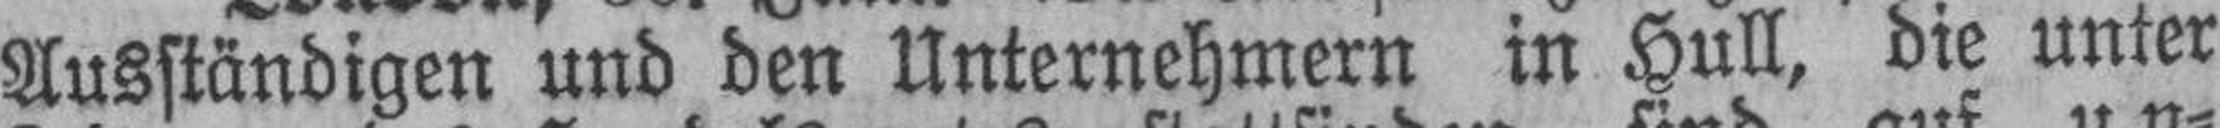
Ausständigen und den Unternehmern in Hull, die unter